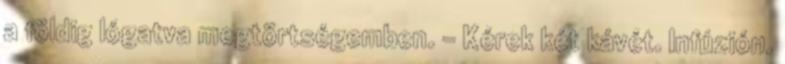
a földig lógatva megtörtségemben. - Kérek két kávét. Infúzión.